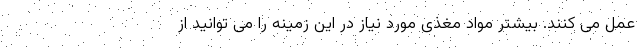
عمل می کنند. بیشتر مواد مغذی مورد نیاز در این زمینه را می توانید از